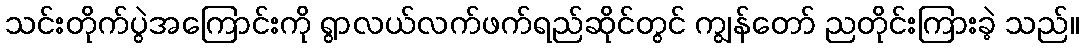
သင်းတိုက်ပွဲအကြောင်းကို ရွာလယ်လက်ဖက်ရည်ဆိုင်တွင် ကျွန်တော် ညတိုင်းကြားခဲ့ သည်။